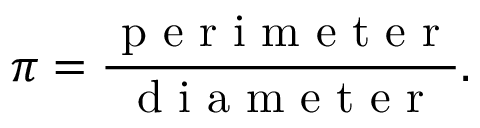
\pi = \frac { \mathrm { ~ p ~ e ~ r ~ i ~ m ~ e ~ t ~ e ~ r ~ } } { \mathrm { ~ d ~ i ~ a ~ m ~ e ~ t ~ e ~ r ~ } } .